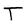
Character: T